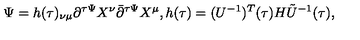
\Psi = h ( \tau ) _ { \nu \mu } \partial ^ { \tau \Psi } X ^ { \nu } \bar { \partial } ^ { \tau \Psi } X ^ { \mu } , h ( \tau ) = ( U ^ { - 1 } ) ^ { T } ( \tau ) H \tilde { U } ^ { - 1 } ( \tau ) ,